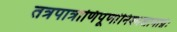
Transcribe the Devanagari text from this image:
तत्रपात्राणिपूर्णानिश्मशानाग्नेः